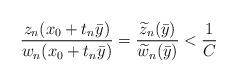
LaTeX: \begin{align*}\frac{z_n(x_0+t_n\bar y)}{w_n(x_0+t_n\bar y)}=\frac{\widetilde z_n(\bar y)}{\widetilde w_n(\bar y)}<\frac{1}{C}\end{align*}